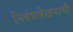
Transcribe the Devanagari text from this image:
निबंधलेखनाची